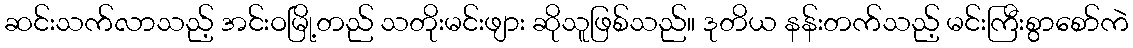
ဆင်းသက်လာသည့် အင်းဝမြို့တည် သတိုးမင်းဖျား ဆိုသူဖြစ်သည်။ ဒုတိယ နန်းတက်သည့် မင်းကြီးစွာစော်ကဲ